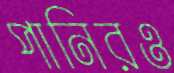
পানিরও